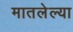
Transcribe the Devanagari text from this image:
मातलेल्या